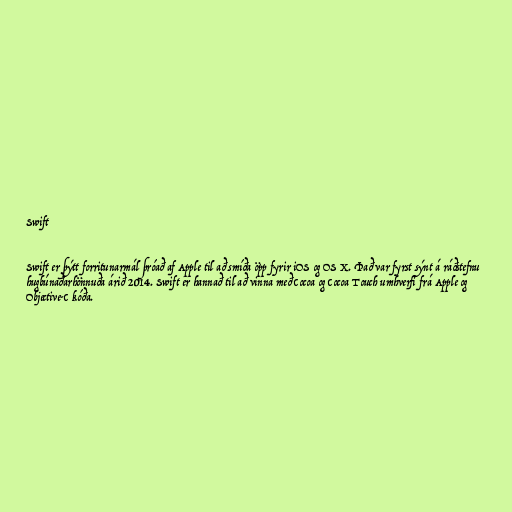
Swift

Swift er þýtt forritunarmál þróað af Apple til að smíða öpp fyrir iOS og OS X. Það var fyrst sýnt á ráðstefnu
hugbúnaðarhönnuða árið 2014. Swift er hannað til að vinna með Cocoa og Cocoa Touch umhverfi frá Apple og
Objective-C kóða.